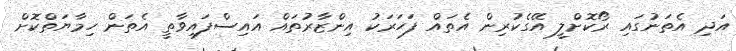
އަދި އެތަނުގައި ރޯކޮށްލީ އޭގެކުރިން އެތައް ފަހަރަކު އިންޒާރުތައް އައިސްފައިވާތީ އެތަން ހިމާޔަތްކޮށް